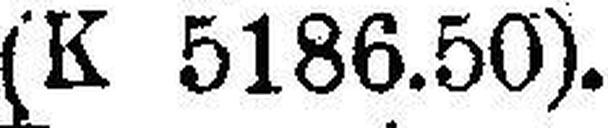
(K 5186.50).